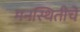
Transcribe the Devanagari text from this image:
मनस्थितीचे